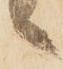
ヽ